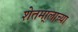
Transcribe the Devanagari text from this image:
शेतमा्लाच्या